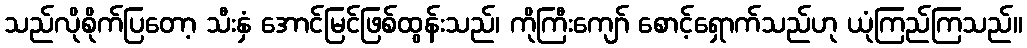
သည်လိုစိုက်ပြတော့ သီးနှံ အောင်မြင်ဖြစ်ထွန်းသည်၊ ကိုကြီးကျော် စောင့်ရှောက်သည်ဟု ယုံကြည်ကြသည်။